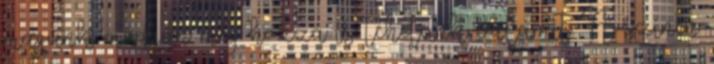
magunk módján még hozzá is tehetünk valamit. A színen